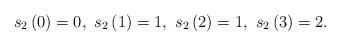
LaTeX: \begin{align*}s_{2}\left(0\right)=0,\thinspace\thinspace s_{2}\left(1\right)=1,\thinspace\thinspace s_{2}\left(2\right)=1,\thinspace\thinspace s_{2}\left(3\right)=2.\end{align*}